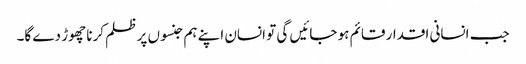
جب انسانی اقدار قائم ہو جائیں گی تو انسان اپنے ہم جنسوں پر ظلم کرنا چھوڑ دے گا۔